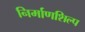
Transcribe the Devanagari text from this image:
निर्माणशिल्प